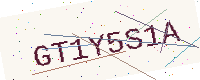
Text: GT1Y5S1A